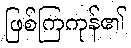
ဖြစ်ကြကုန်၏